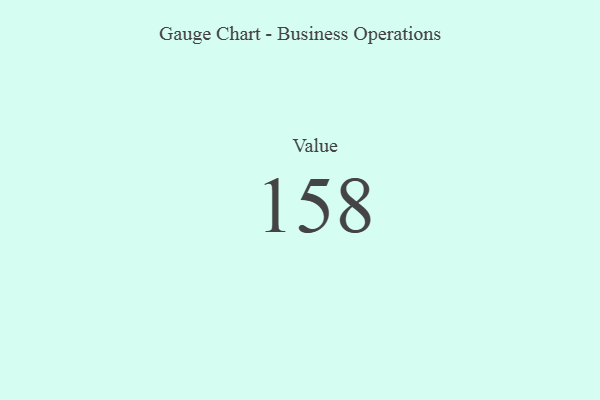
{"axis": {"x": "Metric", "y": "Value"}, "legend": [""], "data": [{"x": "Value", "y": 158, "type": ""}]}